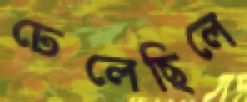
ঢেলেছিলে